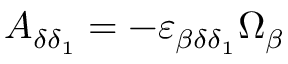
A _ { \delta \delta _ { 1 } } = - \varepsilon _ { \beta \delta \delta _ { 1 } } \Omega _ { \beta }